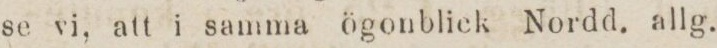
se vi, att i samma ögonblick Nordd, allg.